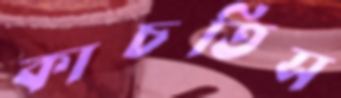
কাচতিস